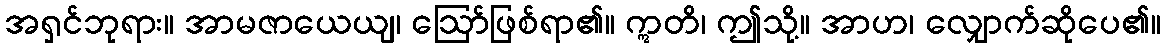
အရှင်ဘုရား။ အာမဇာယေယျ၊ ဩော်ဖြစ်ရာ၏။ ဣတိ၊ ဤသို့။ အာဟ၊ လျှောက်ဆိုပေ၏။